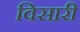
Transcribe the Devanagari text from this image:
विसारी